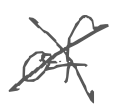
Text: of
Cross-out: cross
Writing tool: digital_gray